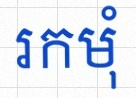
រកមុំ